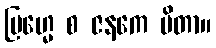
ဗြဟ္မေ စ ဇနကေ ပိတာ။